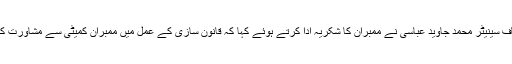
چیئرمین قائمہ کمیٹی قانون و انصاف سینیٹر محمد جاوید عباسی نے ممبران کا شکریہ ادا کرتے ہوئے کہا کہ قانون سازی کے عمل میں ممبران کمیٹی سے مشاورت کے ساتھ ساتھ رہنمائی لیتا رہوں گا۔